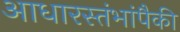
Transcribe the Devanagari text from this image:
आधारस्तंभांपैकी